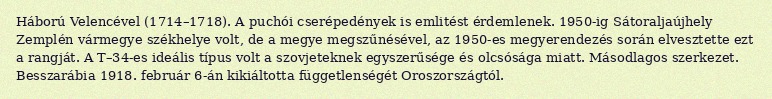
Háború Velencével (1714–1718). A puchói cserépedények is emlitést érdemlenek. 1950-ig Sátoraljaújhely Zemplén vármegye székhelye volt, de a megye megszűnésével, az 1950-es megyerendezés során elvesztette ezt a rangját. A T–34-es ideális típus volt a szovjeteknek egyszerűsége és olcsósága miatt. Másodlagos szerkezet. Besszarábia 1918. február 6-án kikiáltotta függetlenségét Oroszországtól.